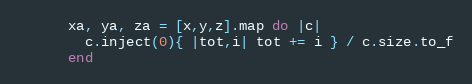
Language: Ruby
      xa, ya, za = [x,y,z].map do |c|
        c.inject(0){ |tot,i| tot += i } / c.size.to_f
      end